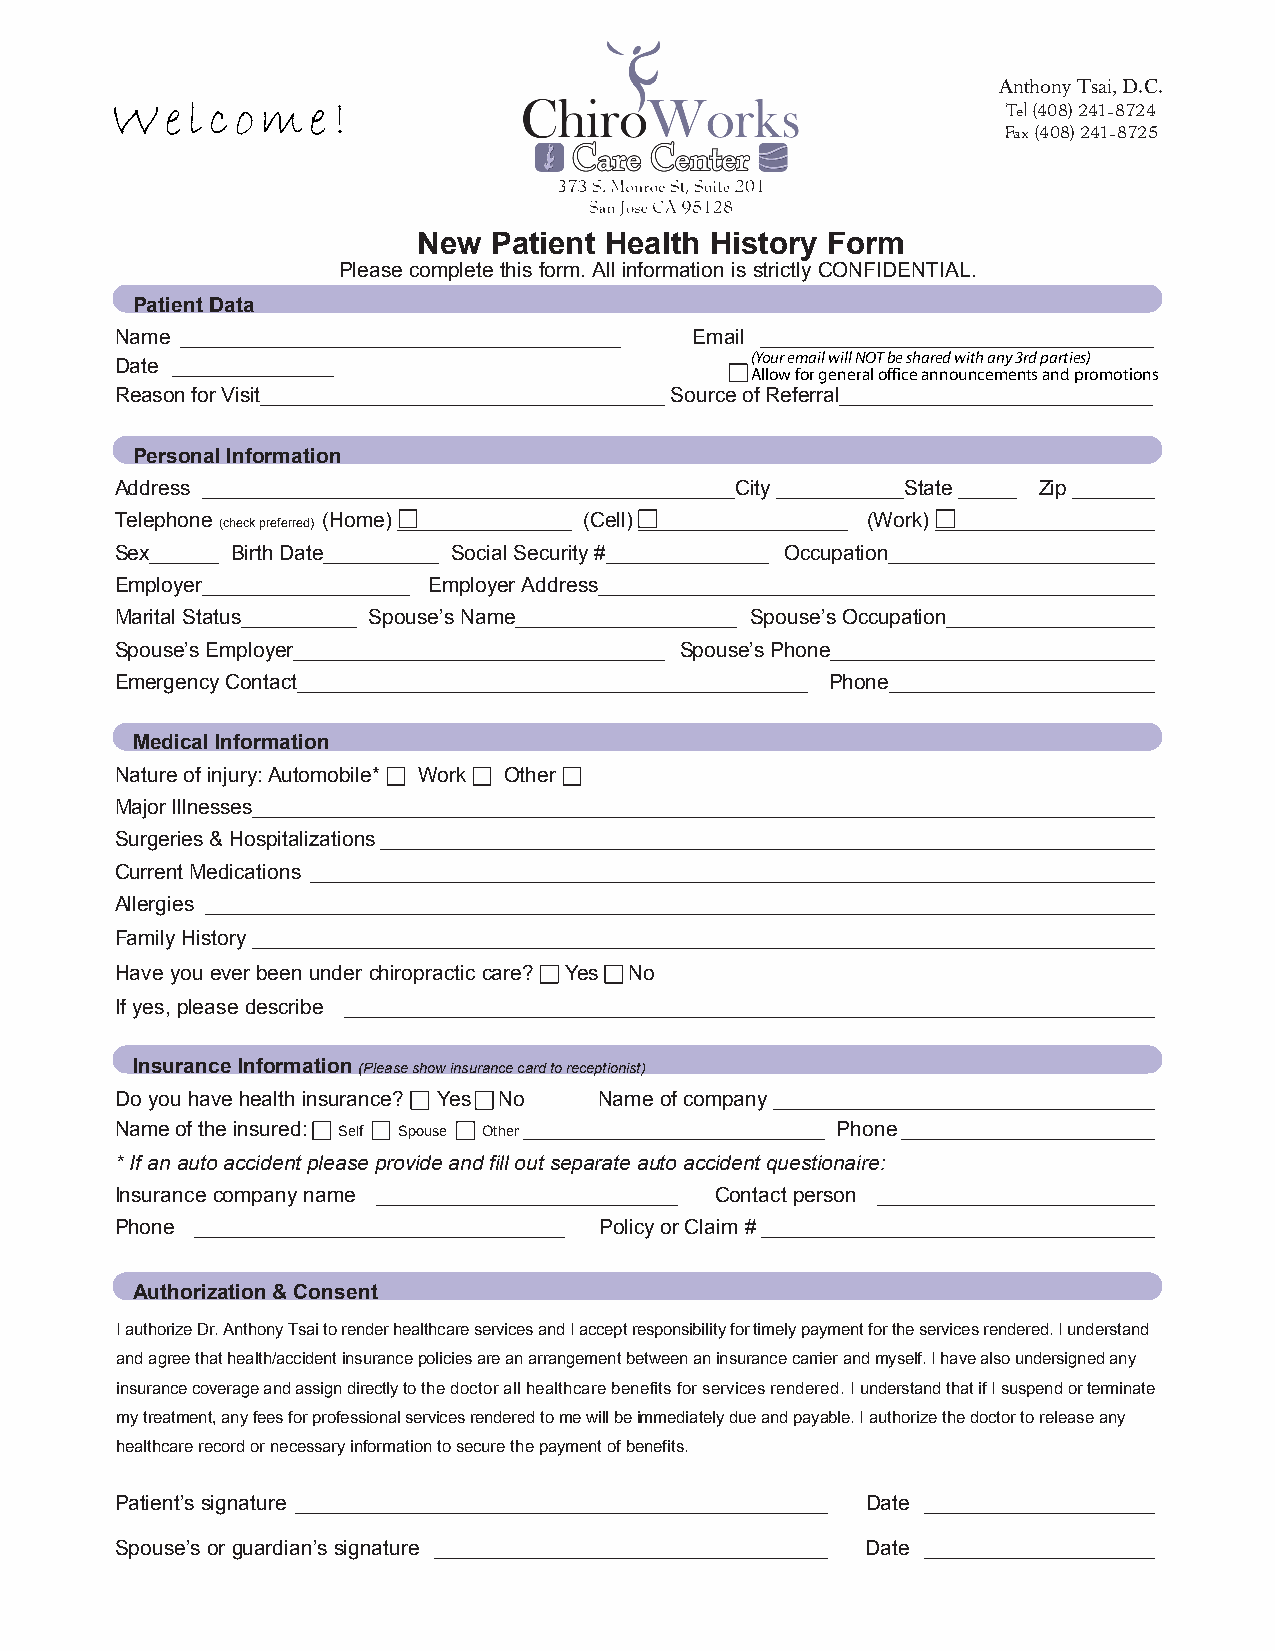
Anthony Tsai, D.C.
 Tel (408) 241-8724
 Fax (408) 241-8725
 New Patient Health History Form
 Please complete this form. All information is strictly CONFIDENTIAL.
 Patient Data
 Name ______________________________________ Email __________________________________
 (Your email will NOT be shared with any 3rd parties)
 Date ______________
 Allow for general office announcements and promotions
 Reason for Visit___________________________________ Source of Referral___________________________
 Personal Information
 Address ______________________________________________City ___________State _____ Zip _______
 Telephone (check preferred) (Home) _______________ (Cell) __________________ (Work) ___________________
 Sex______ Birth Date__________ Social Security #______________ Occupation_______________________
 Employer__________________ Employer Address________________________________________________
 Marital Status__________ Spouse’s Name___________________ Spouse’s Occupation__________________
 Spouse’s Employer________________________________ Spouse’s Phone____________________________
 Emergency Contact____________________________________________ Phone_______________________
 Medical Information
 Nature of injury: Automobile* Work Other
 Major Illnesses______________________________________________________________________________
 Surgeries & Hospitalizations___________________________________________________________________
 Current Medications _________________________________________________________________________
 Allergies __________________________________________________________________________________
 Family History ______________________________________________________________________________
 Have you ever been under chiropractic care? Yes No
 If yes, please describe ______________________________________________________________________
 Insurance Information (Please show insurance card to receptionist)
 Do you have health insurance? Y e s N o Name of company _________________________________
 Name of the insured: Self Spouse Other __________________________ Phone ______________________
 * If an auto accident please provide and fill out separate auto accident questionaire:
 Insurance company name __________________________ Contact person ________________________
 Phone ________________________________ Policy or Claim #__________________________________
 Authorization & Consent
 I authorize Dr. Anthony Tsai to render healthcare services and I accept responsibility for timely payment for the services rendered. I understand
 and agree that health/accident insurance policies are an arrangement between an insurance carrier and myself. I have also undersigned any
 insurance coverage and assign directly to the doctor all healthcare benefits for services rendered. I understand that if I suspend or terminate
 my treatment, any fees for professional services rendered to me will be immediately due and payable. I authorize the doctor to release any
 healthcare record or necessary information to secure the payment of benefits.
 Patient’s signature ______________________________________________ Date ____________________
 Spouse’s or guardian’s signature __________________________________ Date ____________________